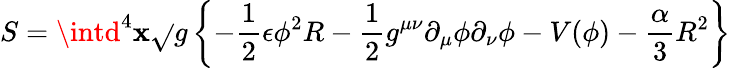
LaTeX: S=\intd^{4}\mathbf{x}\sqrt{}{{g}}\left\{ -{\frac{{1}}{{2}}}\epsilon{\phi}^{2}R-{\frac{{1}}{{2}}}g^{\mu\nu}{\partial}_{\mu}{\phi}{\partial}_{\nu}{\phi}-V(\phi)-{\frac{{\alpha}}{{3}}}R^{2}\right\}